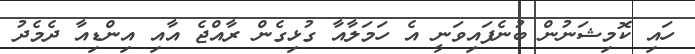
ހައި ކޮމިޝަނުން ބުނެފައިވަނީ އެ ހަމަލާއާ ގުޅިގެން ރާއްޖެ އާއި އިންޑިއާ ދެމެދު